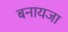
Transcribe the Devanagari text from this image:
बनायजा